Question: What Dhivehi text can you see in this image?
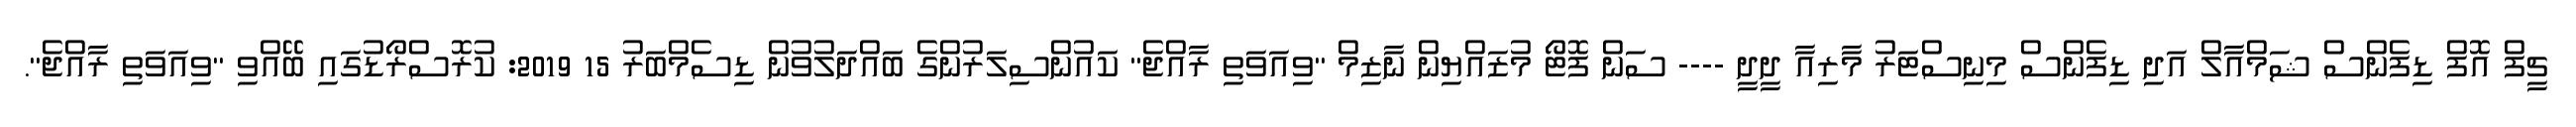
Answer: ޗީފް އޮފް ޑިފެންސް ޝަމްއާލް އަދި ޑިފެންސް މިނިސްޓަރު މާރިއާ ދީދީ ---- ސަން ފޮޓޯ މުޒައްޔިން ނާޒިމް "ވިއަވަތި ރާއްޖެ" ކައުންސިލަރުންގެ ބައްދަލުވުން ޑިސެމްބަރު 15 2019: ކުރޮސްރޯޑުގައި ބޭއްވި "ވިއަވަތި ރާއްޖެ".